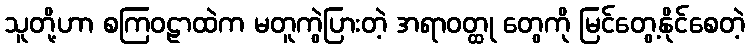
သူတို့ဟာ စကြဝဠာထဲက မတူကွဲပြားတဲ့ အရာဝတ္ထု တွေကို မြင်တွေ့နိုင်စေတဲ့